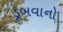
ડૂબવાનો